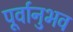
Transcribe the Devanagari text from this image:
पूर्वानुभव